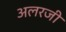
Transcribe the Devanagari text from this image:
अलरजी